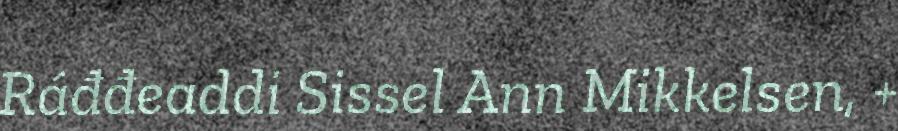
Ráđđeaddi Sissel Ann Mikkelsen, +